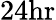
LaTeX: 24\mathrm{hr}